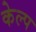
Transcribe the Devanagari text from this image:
केल्प